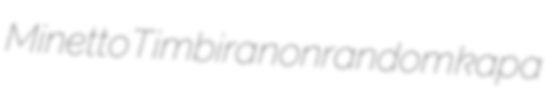
Minetto Timbira nonrandom kapa